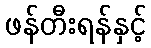
ဖန်တီးရန်နှင့်